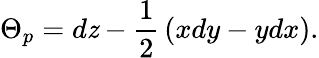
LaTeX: \Theta_{p}=d\mathit{z}-{\frac{{1}}{{2}}}\left(xdy-ydx\right).